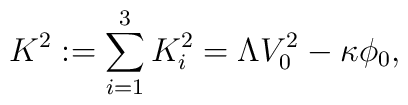
K^2 := \sum_{i=1}^3 K_i^2 = \Lambda V_0^2 - \kappa \phi_0,